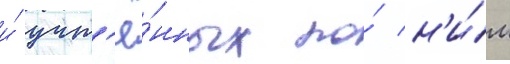
и́ учт'ё́нных по́ н'и́м